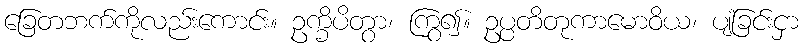
ခြေတဘက်ကိုလည်းကောင်း။ ဥက္ခိပိတွာ၊ ကြွ၍။ ဥပ္ပတိတုကာမောဝိယ၊ ပျံခြင်းငှာ